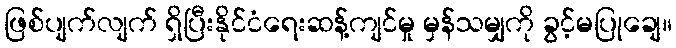
ဖြစ်ပျက်လျက် ရှိပြီးနိုင်ငံရေးဆန့်ကျင်မှု မှန်သမျှကို ခွင့်မပြုချေ။